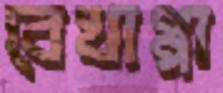
বেখাপ্পা